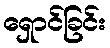
ရှောင်ခြင်း